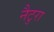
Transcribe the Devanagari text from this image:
नैटुरा